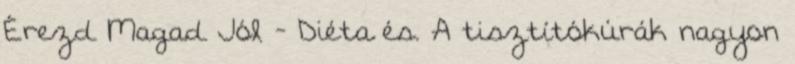
Érezd Magad Jól - Diéta és. A tisztítókúrák nagyon